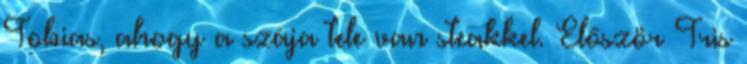
Tobias, ahogy a szája tele van steakkel. Először Tris